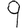
Digit: 9